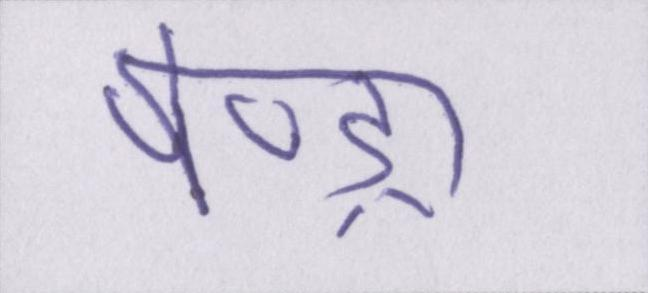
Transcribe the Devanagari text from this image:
पेण्ड्रा